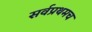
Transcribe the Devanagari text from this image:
सर्वप्रथमच